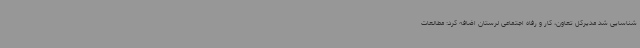
شناسایی شد مدیرکل تعاون، کار و رفاه اجتماعی لرستان اضافه کرد: مطالعات